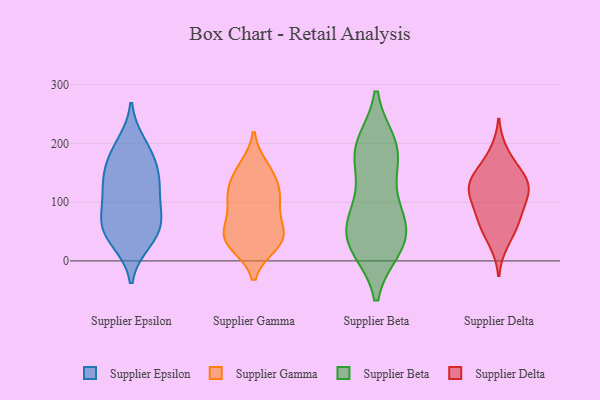
{"axis": {"x": "Churn Rate (%)", "y": "Value"}, "legend": ["Supplier Beta", "Supplier Delta", "Supplier Epsilon", "Supplier Gamma"], "data": [{"x": "", "y": 69, "type": "Supplier Epsilon"}, {"x": "", "y": 33, "type": "Supplier Epsilon"}, {"x": "", "y": 117, "type": "Supplier Epsilon"}, {"x": "", "y": 77, "type": "Supplier Epsilon"}, {"x": "", "y": 175, "type": "Supplier Epsilon"}, {"x": "", "y": 181, "type": "Supplier Epsilon"}, {"x": "", "y": 198, "type": "Supplier Epsilon"}, {"x": "", "y": 45, "type": "Supplier Epsilon"}, {"x": "", "y": 128, "type": "Supplier Epsilon"}, {"x": "", "y": 46, "type": "Supplier Epsilon"}, {"x": "", "y": 74, "type": "Supplier Epsilon"}, {"x": "", "y": 136, "type": "Supplier Epsilon"}, {"x": "", "y": 141, "type": "Supplier Epsilon"}, {"x": "", "y": 39, "type": "Supplier Gamma"}, {"x": "", "y": 115, "type": "Supplier Gamma"}, {"x": "", "y": 38, "type": "Supplier Gamma"}, {"x": "", "y": 91, "type": "Supplier Gamma"}, {"x": "", "y": 28, "type": "Supplier Gamma"}, {"x": "", "y": 54, "type": "Supplier Gamma"}, {"x": "", "y": 159, "type": "Supplier Gamma"}, {"x": "", "y": 134, "type": "Supplier Gamma"}, {"x": "", "y": 112, "type": "Supplier Gamma"}, {"x": "", "y": 48, "type": "Supplier Gamma"}, {"x": "", "y": 152, "type": "Supplier Gamma"}, {"x": "", "y": 97, "type": "Supplier Gamma"}, {"x": "", "y": 31, "type": "Supplier Gamma"}, {"x": "", "y": 177, "type": "Supplier Beta"}, {"x": "", "y": 195, "type": "Supplier Beta"}, {"x": "", "y": 31, "type": "Supplier Beta"}, {"x": "", "y": 26, "type": "Supplier Beta"}, {"x": "", "y": 23, "type": "Supplier Beta"}, {"x": "", "y": 77, "type": "Supplier Beta"}, {"x": "", "y": 198, "type": "Supplier Beta"}, {"x": "", "y": 83, "type": "Supplier Beta"}, {"x": "", "y": 89, "type": "Supplier Beta"}, {"x": "", "y": 193, "type": "Supplier Beta"}, {"x": "", "y": 156, "type": "Supplier Beta"}, {"x": "", "y": 45, "type": "Supplier Beta"}, {"x": "", "y": 34, "type": "Supplier Beta"}, {"x": "", "y": 124, "type": "Supplier Delta"}, {"x": "", "y": 62, "type": "Supplier Delta"}, {"x": "", "y": 102, "type": "Supplier Delta"}, {"x": "", "y": 118, "type": "Supplier Delta"}, {"x": "", "y": 31, "type": "Supplier Delta"}, {"x": "", "y": 185, "type": "Supplier Delta"}, {"x": "", "y": 64, "type": "Supplier Delta"}, {"x": "", "y": 147, "type": "Supplier Delta"}, {"x": "", "y": 77, "type": "Supplier Delta"}, {"x": "", "y": 116, "type": "Supplier Delta"}, {"x": "", "y": 151, "type": "Supplier Delta"}, {"x": "", "y": 135, "type": "Supplier Delta"}]}